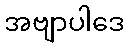
အဗျာပါဒေ